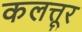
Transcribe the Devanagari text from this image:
कलत्तूर